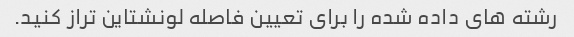
رشته های داده شده را برای تعیین فاصله لونشتاین تراز کنید.